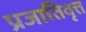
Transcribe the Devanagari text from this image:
प्रजातिवृत्त